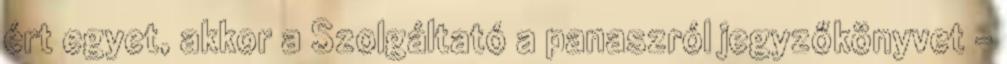
ért egyet, akkor a Szolgáltató a panaszról jegyzőkönyvet –